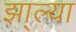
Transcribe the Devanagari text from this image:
झा्ल्या